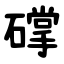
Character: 礃